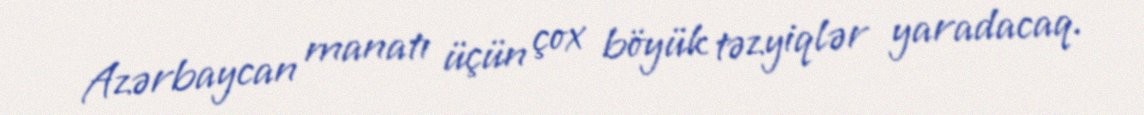
Azərbaycan manatı üçün çox böyük təzyiqlər yaradacaq.